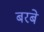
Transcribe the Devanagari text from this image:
बरबे